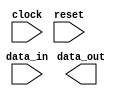
module timing_control_and_sync (
    input clock,
    input reset,
    input data_in,
    output reg data_out,
    // Other input/output signals as needed
);

// Timing registers
reg [7:0] timing_reg;

// Input/output buffers
reg [7:0] input_buffer;
reg [7:0] output_buffer;

// Clock dividers
reg [1:0] clock_divider;

// State machine states
parameter IDLE = 2'b00;
parameter TRANSFER = 2'b01;
parameter SYNC = 2'b10;
reg [1:0] state;

// Always block for state machine
always @(posedge clock or posedge reset) begin
    if (reset) begin
        state <= IDLE;
    end else begin
        case (state)
            IDLE: begin
                // Check for conditions to transition to next state
                if (condition_met) begin
                    state <= TRANSFER;
                end
            end
            TRANSFER: begin
                // Transfer data
                // Check for conditions to transition to next state
                state <= SYNC;
            end
            SYNC: begin
                // Synchronize communication
                state <= IDLE;
            end
        endcase
    end
end

// Always block for clock divider
always @(posedge clock or posedge reset) begin
    if (reset) begin
        clock_divider <= 2'b00;
    end else begin
        if (condition_met) begin
            // Increment clock divider
            clock_divider <= clock_divider + 1;
        end
    end
end

// Other logic for data transfer timing, interfacing with external devices, etc.

endmodule